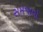
સમજાવો